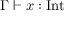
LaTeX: \Gamma \vdash x : { \mathrm { I n t } }